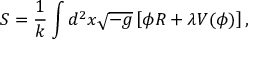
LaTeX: S = \frac { 1 } { k } \int d ^ { 2 } x \sqrt { - g } \left[ \phi R + \lambda V ( \phi ) \right] ,